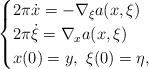
LaTeX: \begin{align*}\begin{cases} 2\pi\dot{x}=-\nabla _\xi a ( x,\xi) \\ 2\pi \dot{\xi}=\nabla _x a (x,\xi)\\ x(0)=y,\ \xi(0)=\eta,\end{cases}\end{align*}